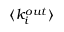
\langle k _ { i } ^ { o u t } \rangle